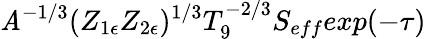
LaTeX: \mathit{A}^{-1/3}(Z_{1\epsilon}Z_{2\epsilon})^{1/3}T_{9}^{-2/3}S_{eff}exp(-\tau)